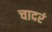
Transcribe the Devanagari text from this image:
चादरं